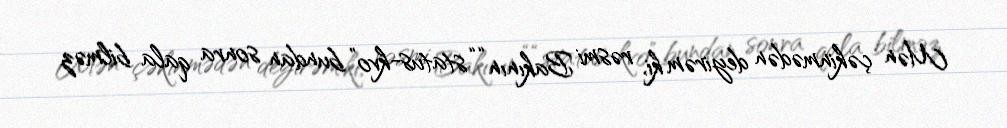
Mən çəkinmədən deyirəm ki, rəsmi Bakının ““status-kvo” bundan sonra qala bilməz